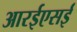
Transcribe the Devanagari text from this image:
आरईएसई